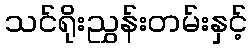
သင်ရိုးညွှန်းတမ်းနှင့်